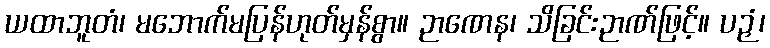
ယထာဘူတံ၊ မဘောက်မပြန်ဟုတ်မှန်စွာ။ ဉာဏေန၊ သိခြင်းဉာဏ်ဖြင့်။ ပဉှံ၊